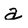
Character: a